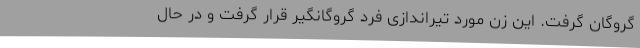
گروگان گرفت. این زن مورد تیراندازی فرد گروگانگیر قرار گرفت و در حال